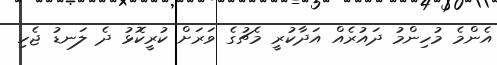
އެންމެ މުހިންމު ދައުރެއް އަދާކުރީ މެޗުގެ ވަރަށް ކުރީކޮޅު ދެ ލަނޑު ޖެހި